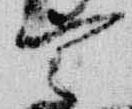
宰